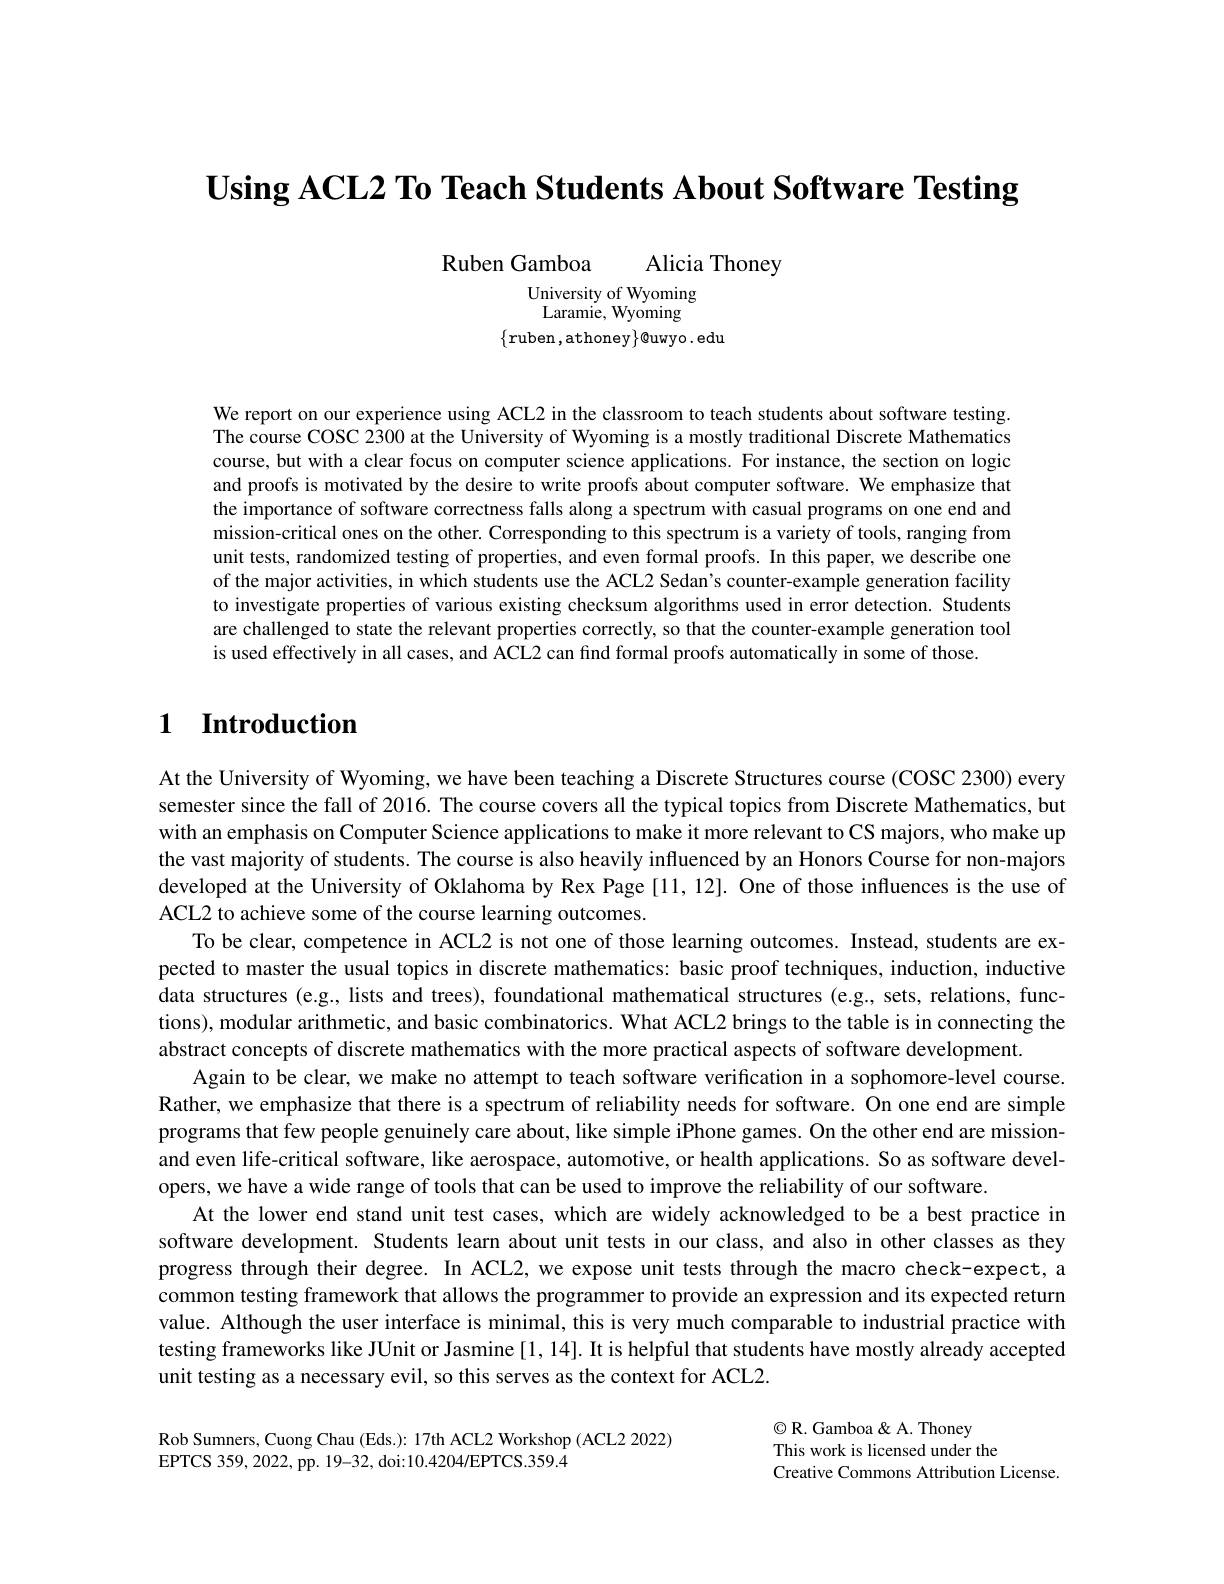
$\textbf{Using ACL2 To Teach Students About Software Testing}$

Ruben Gamboa Alicia Thoney
University of Wyoming Laramie, Wyoming
$\{$ruben,athoney$\}$@uwyo.edu

We report on our experience using ACL2 in the classroom to teach students about software testing The course COSC 2300 at the University of Wyoming is a mostly traditional Discrete Mathematics course, but with a clear focus on computer science applications. For instance, the section on logic and proofs is motivated by the desire to write proofs about computer software. We emphasize that the importance of software correctness falls along a spectrum with casual programs on one end and mission-critical ones on the other. Corresponding to this spectrum is a variety of tools, ranging from unit tests, randomized testing of properties, and even formal proofs. In this paper, we describe one of the major activities, in which students use the ACL2 Sedan's counter-example generation facility to investigate properties of various existing checksum algorithms used in error detection. Students are challenged to state the relevant properties correctly, so that the counter-example generation tool is used effectively in all cases, and ACL2 can find formal proofs automatically in some of those.

# $\textbf{1}$ $\textbf{Introduction}$

At the University of Wyoming, we have been teaching a Discrete Structures course (COSC 2300) every semester since the fall of 2016. The course covers all the typical topics from Discrete Mathematics, but with an emphasis on Computer Science applications to make it more relevant to CS majors, who make up the vast majority of students. The course is also heavily influenced by an Honors Course for non-majors developed at the University of Oklahoma by Rex Page [11,12]. One of those influences is the use of ACL2 to achieve some of the course learning outcomes.
To be clear, competence in ACL2 is not one of those learning outcomes. Instead, students are expected to master the usual topics in discrete mathematics: basic proof techniques, induction, inductive data structures (e.g., lists and trees), foundational mathematical structures (e.g., sets, relations, functions), modular arithmetic, and basic combinatorics. What ACL2 brings to the table is in connecting the abstract concepts of discrete mathematics with the more practical aspects of software development
Again to be clear, we make no attempt to teach software verification in a sophomore-level course Rather, we emphasize that there is a spectrum of reliability needs for software. On one end are simple programs that few people genuinely care about, like simple iPhone games. On the other end are missionand even life-critical software, like aerospace, automotive, or health applications. So as software developers, we have a wide range of tools that can be used to improve the reliability of our software.
At the lower end stand unit test cases, which are widely acknowledged to be a best practice in software development. Students learn about unit tests in our class, and also in other classes as they progress through their degree. In ACL2, we expose unit tests through the macro check-expect, a common testing framework that allows the programmer to provide an expression and its expected return value. Although the user interface is minimal, this is very much comparable to industrial practice with testing frameworks like JUnit or Jasmine [1,14]. It is helpful that students have mostly already accepted unit testing as a necessary evil, so this serves as the context for ACL2.

Rob Sumners, Cuong Chau (Eds.): 17th ACL2 Workshop (ACL2 2022)
EPTCS 359, 2022,  pp.  19- 32,  doi: 10. 4204/ EPTCS. 359. 4

$\odot$R. Gamboa & A. Thoney
This work is licensed under the
Creative Commons Attribution License